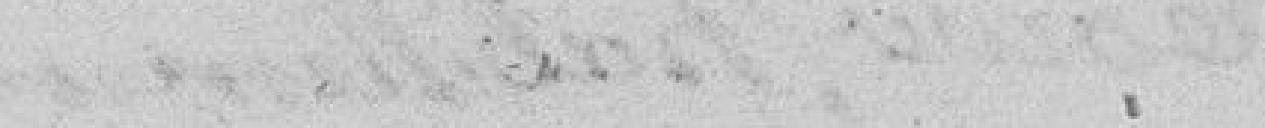
et transmise à votre auguste famille est tout à